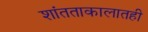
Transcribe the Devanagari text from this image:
शांतताकालातही